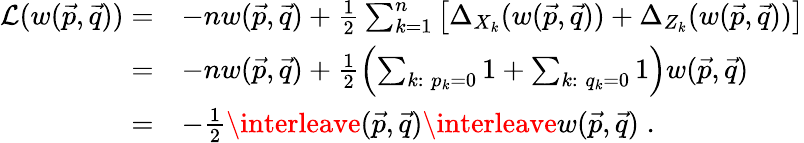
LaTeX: \begin{array}{rl}{\mathcal L(w(\vec{p},\vec{q}))=}&{-nw(\vec{p},\vec{q})+\frac 12\sum_{k=1}^{n}\left[\Delta_{X_{k}}(w(\vec{p},\vec{q}))+\Delta_{Z_{k}}(w(\vec{p},\vec{q}))\right]}\\ {=}&{-nw(\vec{p},\vec{q})+\frac 12\left(\sum_{k:\; p_{k}=0}1+\sum_{k:\; q_{k}=0}1\right)w(\vec{p},\vec{q})}\\ {=}&{-\frac 12\interleave(\vec{p},\vec{q})\interleave w(\vec{p},\vec{q})\; .}\end{array}